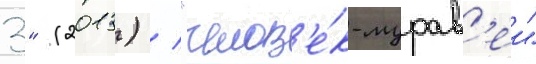
3" (2013) / "челов'е́к-мурав'еи"